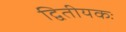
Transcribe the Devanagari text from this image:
द्वितीयकः